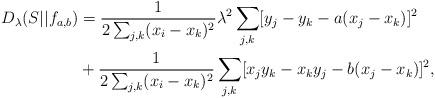
LaTeX: \begin{align*}D_\lambda(S||f_{a,b}) &= \frac{1}{2\sum_{j,k} (x_i - x_k)^2} \lambda^2 \sum_{j,k} [y_j - y_k - a (x_j - x_k)]^2\\&+ \frac{1}{2\sum_{j,k} (x_i - x_k)^2} \sum_{j,k} [x_j y_k - x_k y_j - b (x_j - x_k)]^2,\end{align*}